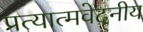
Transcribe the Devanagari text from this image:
प्रत्यात्मवेदनीय